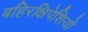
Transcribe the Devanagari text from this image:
बहिरक्षिपेशियों